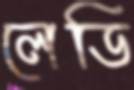
লেডি